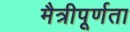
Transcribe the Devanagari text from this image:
मैत्रीपूर्णता